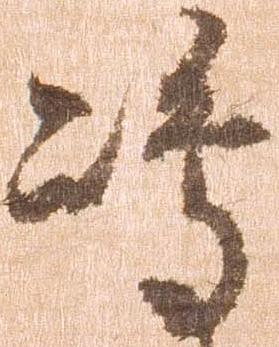
嶋